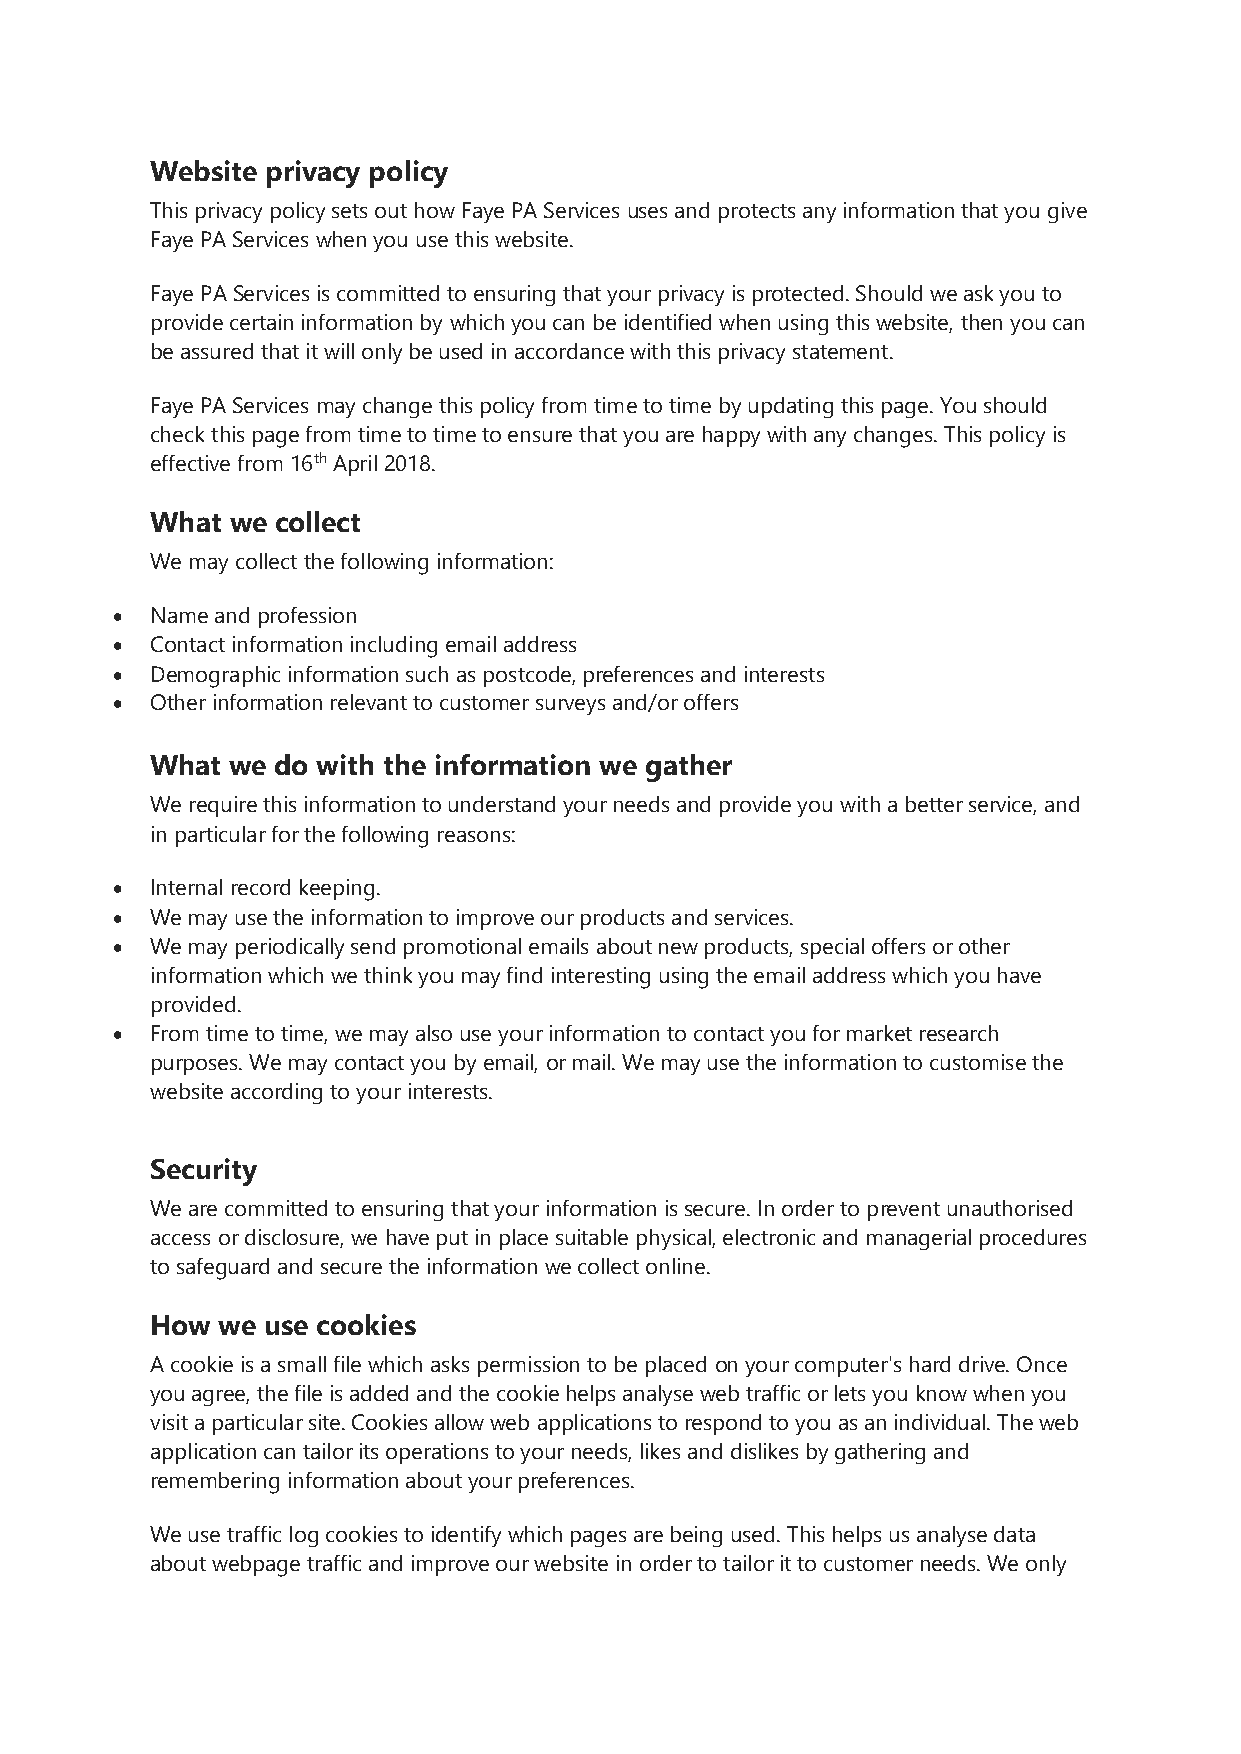
Website privacy policy
 This privacy policy sets out how Faye PA Services uses and protects any information that you give
 Faye PA Services when you use this website.
 Faye PA Services is committed to ensuring that your privacy is protected. Should we ask you to
 provide certain information by which you can be identified when using this website, then you can
 be assured that it will only be used in accordance with this privacy statement.
 Faye PA Services may change this policy from time to time by updating this page. You should
 check this page from time to time to ensure that you are happy with any changes. This policy is
 effective from 16th April 2018.
 What we collect
 We may collect the following information:
 •  Name and profession
 •  Contact information including email address
 •  Demographic information such as postcode, preferences and interests
 •  Other information relevant to customer surveys and/or offers
 What we do with the information we gather
 We require this information to understand your needs and provide you with a better service, and
 in particular for the following reasons:
 •  Internal record keeping.
 •  We may use the information to improve our products and services.
 •  We may periodically send promotional emails about new products, special offers or other
 information which we think you may find interesting using the email address which you have
 provided.
 •  From time to time, we may also use your information to contact you for market research
 purposes. We may contact you by email, or mail. We may use the information to customise the
 website according to your interests.
 Security
 We are committed to ensuring that your information is secure. In order to prevent unauthorised
 access or disclosure, we have put in place suitable physical, electronic and managerial procedures
 to safeguard and secure the information we collect online.
 How  we use cookies
 A cookie is a small file which asks permission to be placed on your computer's hard drive. Once
 you agree, the file is added and the cookie helps analyse web traffic or lets you know when you
 visit a particular site. Cookies allow web applications to respond to you as an individual. The web
 application can tailor its operations to your needs, likes and dislikes by gathering and
 remembering information about your preferences.
 We use traffic log cookies to identify which pages are being used. This helps us analyse data
 about webpage traffic and improve our website in order to tailor it to customer needs. We only